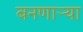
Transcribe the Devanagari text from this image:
बनणार्‍या